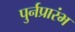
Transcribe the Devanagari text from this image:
पुर्नप्रारंभ